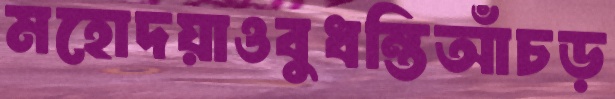
মহোদয়াওবুধন্তিআঁচড়